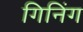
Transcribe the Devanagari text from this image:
गिनिंग